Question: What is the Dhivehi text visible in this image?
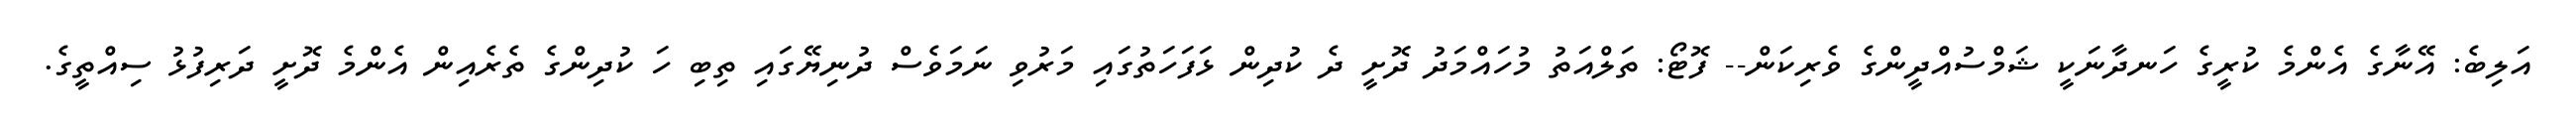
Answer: އަލިބެ: އޭނާގެ އެންމެ ކުރީގެ ހަނދާނަކީ ޝަމްސުއްދީންގެ ވެރިކަން-- ފޮޓޯ: ތަލްއަތު މުހައްމަދު ދޮށީ ދެ ކުދިން ޅަފަހަތުގައި މަރުވި ނަމަވެސް ދުނިޔޭގައި ތިބި ހަ ކުދިންގެ ތެރެއިން އެންމެ ދޮށީ ދަރިފުޅު ސިއްތީގެ.